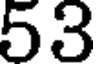
53